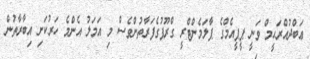
ޢަބްދުއްރަޙީމް ވަނީ ޕީޕީއެމްގެ ޕާލަމެންޓްރީ ގްރޫޕުގެފަރާތުންވެސް މި އަމަލު އެންމެ ހަރުކަށި އިބާރާތުން